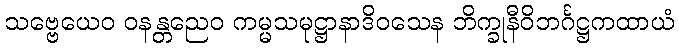
သဗ္ဗေယေဝ ဝနန္တညေဝ ကမ္မသမုဋ္ဌာနာဒိဝသေန ဘိက္ခုနီဝိဘင်္ဂဋ္ဌကထာယံ